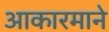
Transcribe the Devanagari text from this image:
आकारमाने